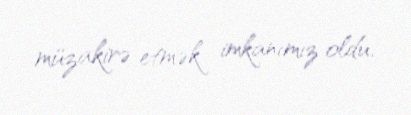
müzakirə etmək imkanımız oldu.